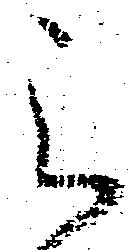
被